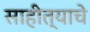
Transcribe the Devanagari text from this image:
साहीत्याचे